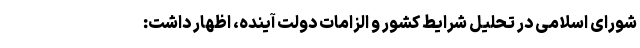
شورای اسلامی در تحلیل شرایط کشور و الزامات دولت آینده، اظهار داشت: